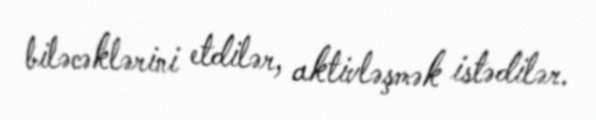
biləcəklərini etdilər, aktivləşmək istədilər.